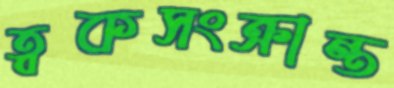
ত্বকসংক্রান্ত